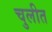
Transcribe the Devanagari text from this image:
चुलीत